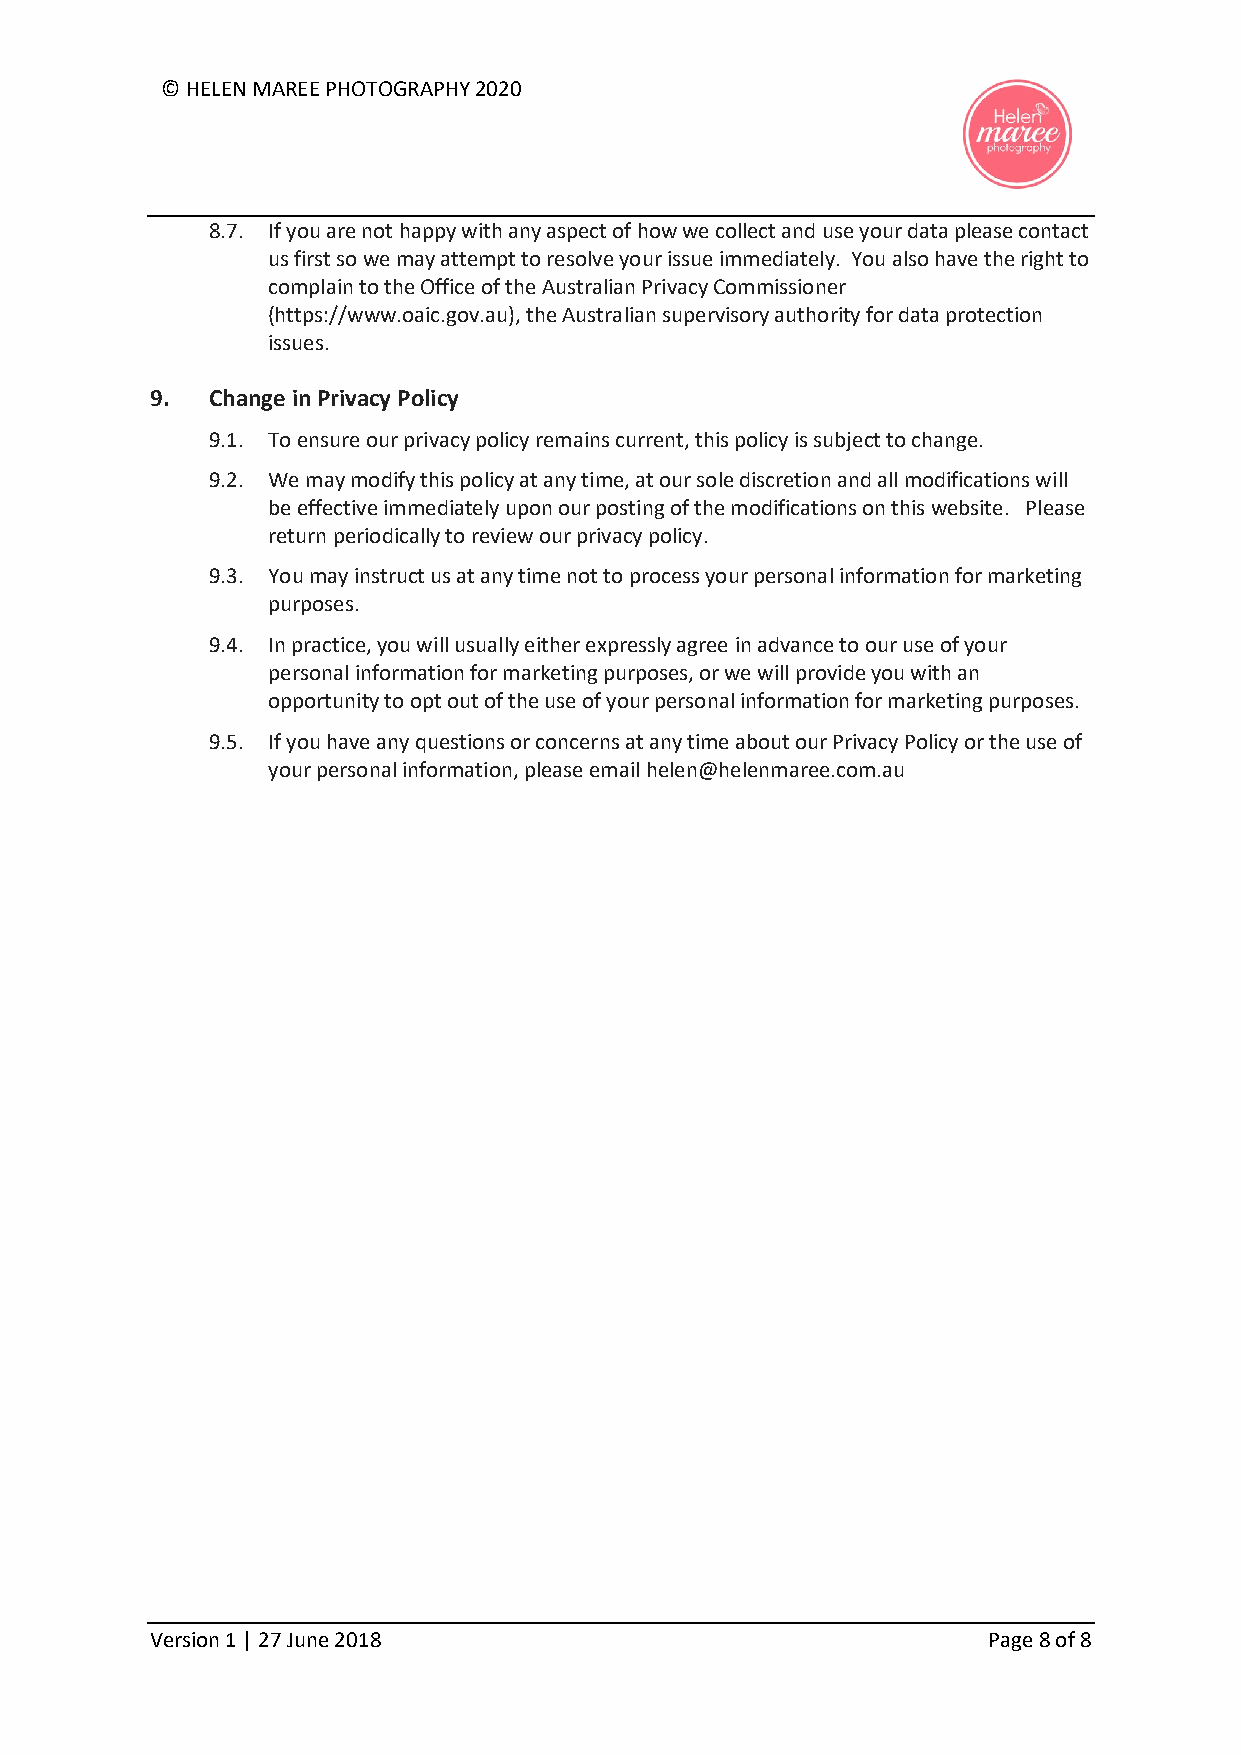
© HELEN MAREE PHOTOGRAPHY 2020
 8.7. If you are not happy with any aspect of how we collect and use your data please contact
 us first so we may attempt to resolve your issue immediately. You also have the right to
 complain to the Office of the Australian Privacy Commissioner
 (https://www.oaic.gov.au), the Australian supervisory authority for data protection
 issues.
 9.  Change in Privacy Policy
 9.1. To ensure our privacy policy remains current, this policy is subject to change.
 9.2. We may modify this policy at any time, at our sole discretion and all modifications will
 be effective immediately upon our posting of the modifications on this website. Please
 return periodically to review our privacy policy.
 9.3. You may instruct us at any time not to process your personal information for marketing
 purposes.
 9.4. In practice, you will usually either expressly agree in advance to our use of your
 personal information for marketing purposes, or we will provide you with an
 opportunity to opt out of the use of your personal information for marketing purposes.
 9.5. If you have any questions or concerns at any time about our Privacy Policy or the use of
 your personal information, please email helen@helenmaree.com.au
 Version 1 | 27 June 2018                               Page 8 of 8